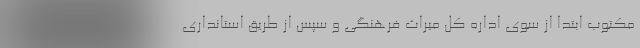
مکتوب ابتدا از سوی اداره کل میراث فرهنگی و سپس از طریق استانداری